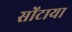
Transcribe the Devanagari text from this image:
सोंटाया